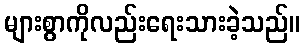
များစွာကိုလည်းရေးသားခဲ့သည်။